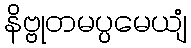
နိဗ္ဗုတမပ္ပမေယျံ